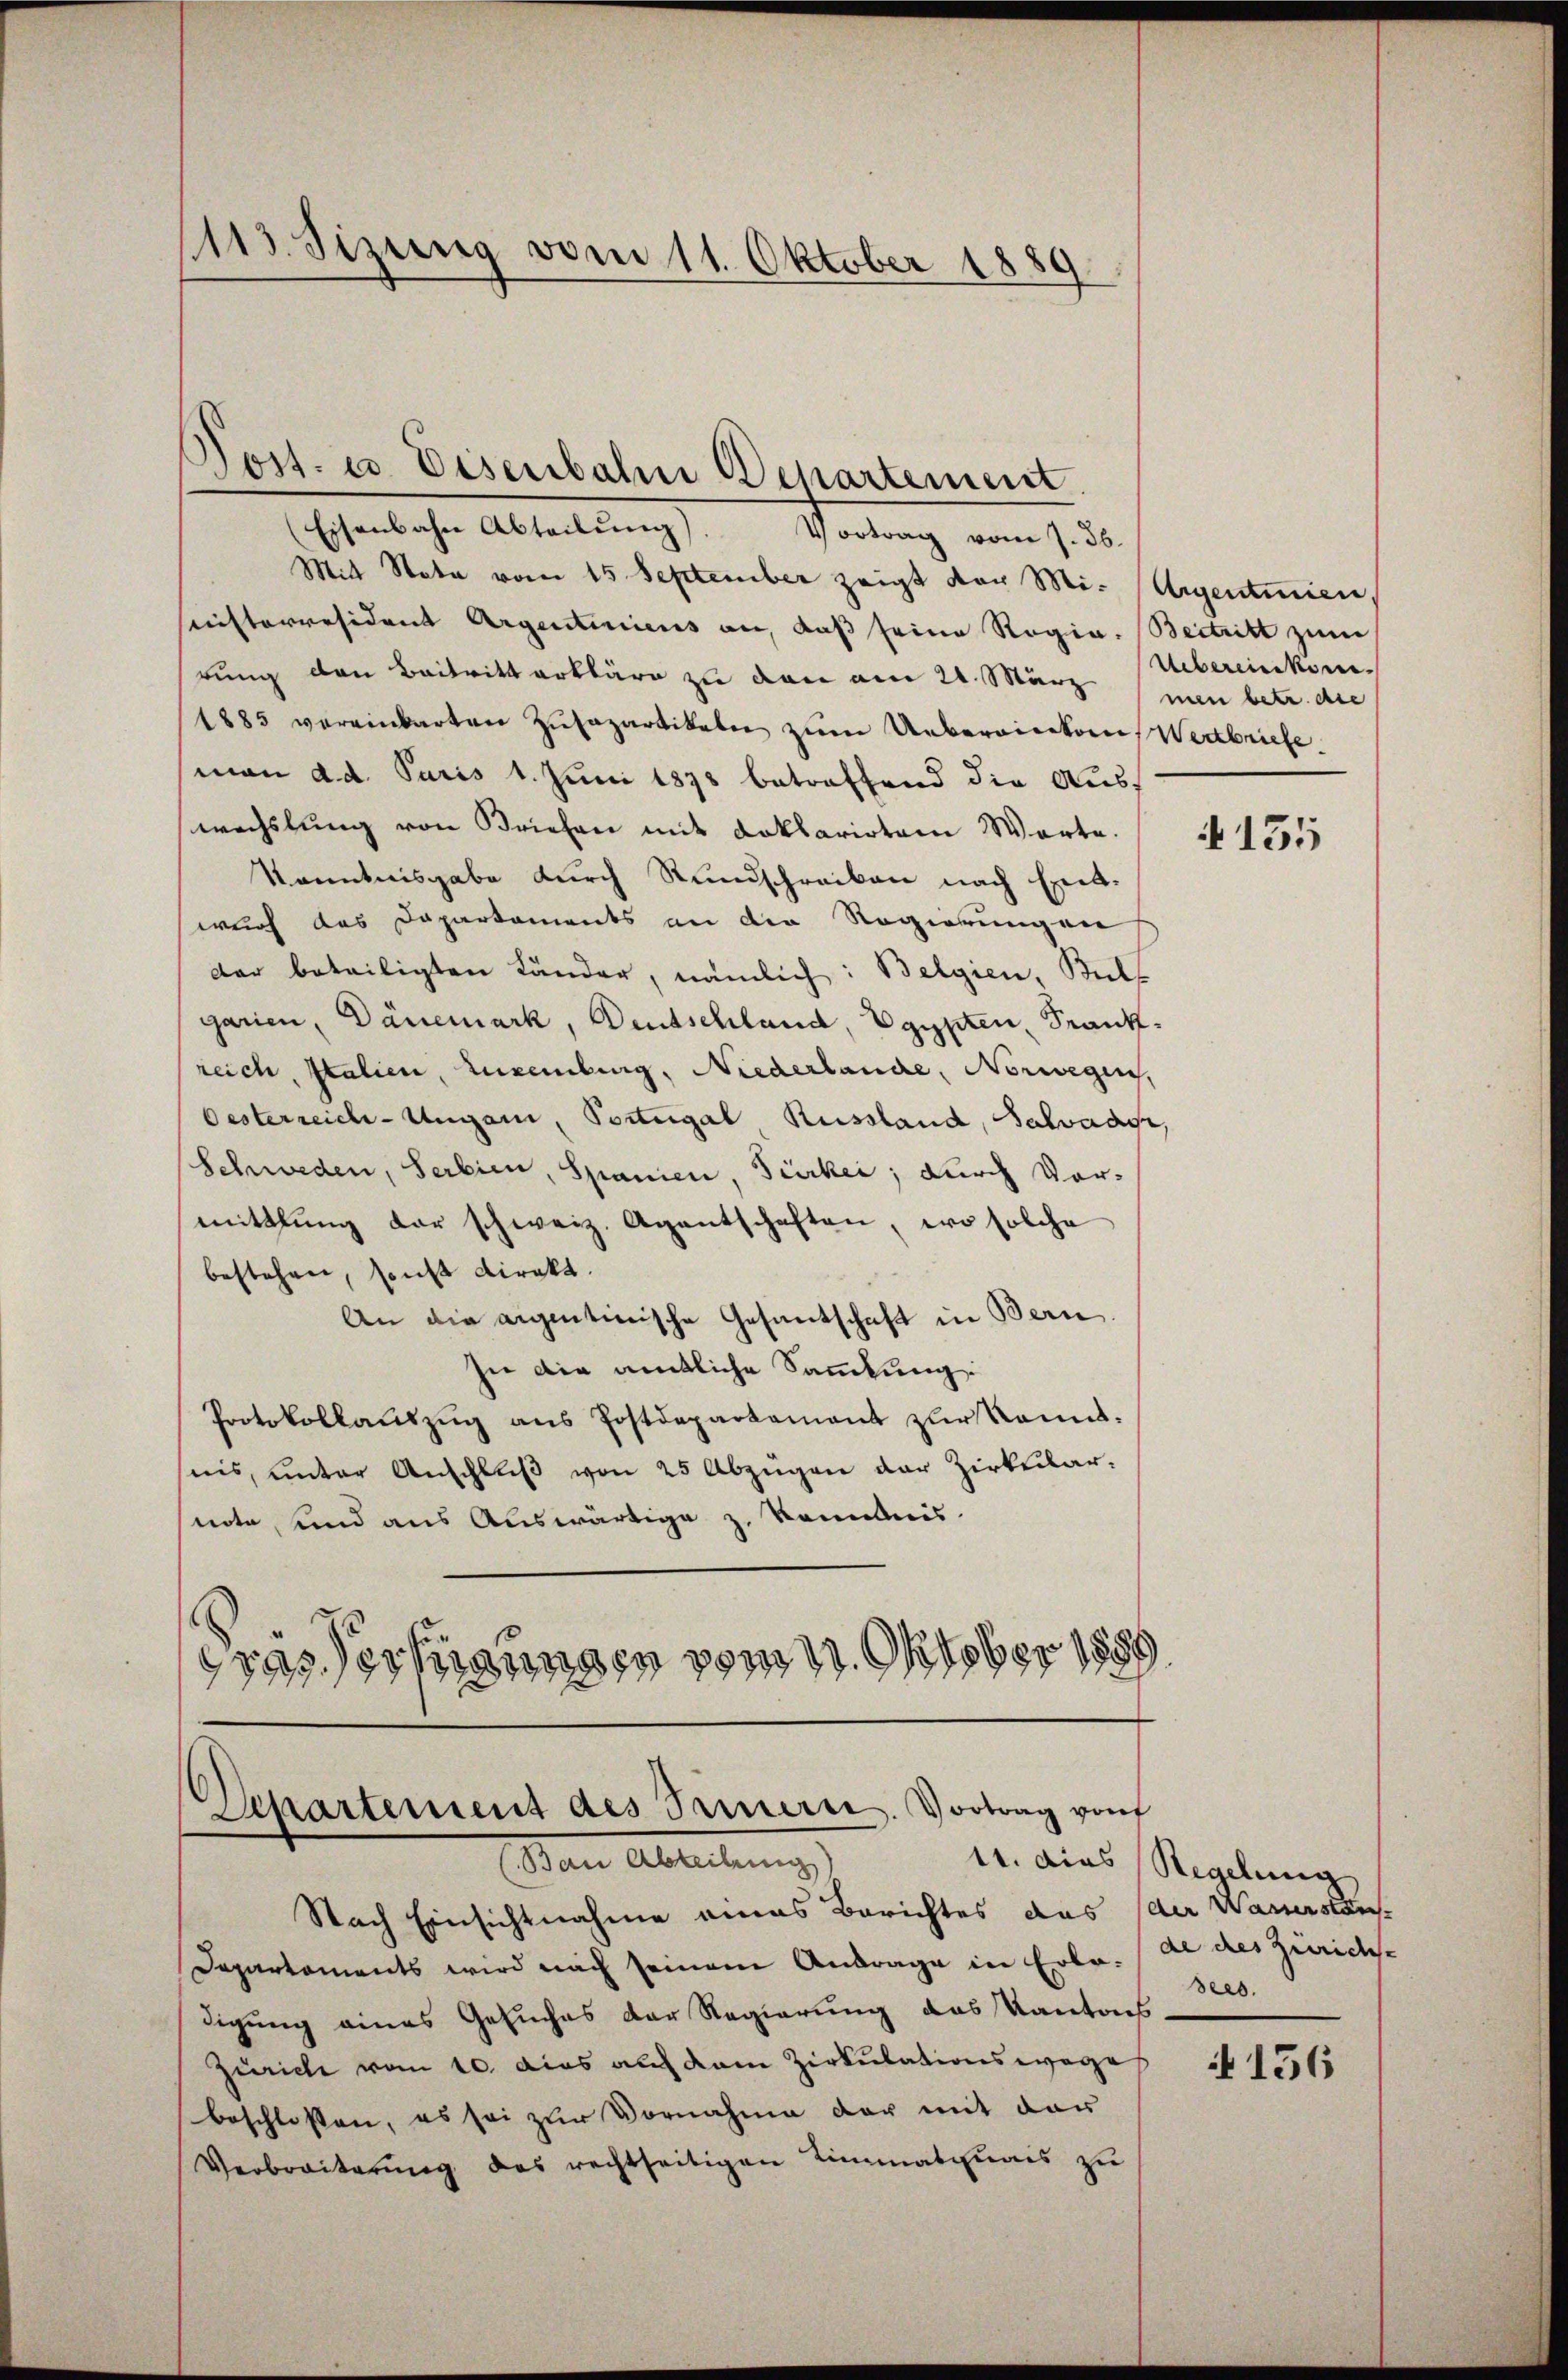
1113. Sizung vom 11. Oktober 1889.

Mit Stata vom 15 September zeigt der Mi- Argentinien
nisterresident Argentiniens an, daß seine Rogia. Beitritt zum
rung den Beitritt erkläre zu den am 24. März
1885 vereinbarten Zŭsapartikale zŭm Uebereinkons Wertbriefe
(man d. d. Paris 1. Juni 1878 betreffend die Auswechslung von Briefen mit Deklarirten Worte.
Kenntnisgabe durch Rundschreiben nach Entwurf das Dapartements an die Regierungen
der beteiligten Länder, nämlich: Belgien, Bals
garien, Dänemark, Deutschland, Egypten, Frankreich, Italien, Luxenburg, Niederlande, Norwegen,
Oesterreich-Ungari, Portugal, Russland, Salvader,
Schweden, Serbien, Spanien, Türkei; durch Vormittlung der schweiz. Agentschaften, wo solche
bestehen, sonst direkt.
An die aigentinische Gesantschaft in Bern.
In die amtliche Sammlung.
Protokollaŭszŭg ans Postdepartament zŭr Kennt-
nis, unter Anschlŭβ von 25 Abzügen der Zirkular-
note, und aus Auswärtige zu konntnis
rasserungen vom 11. Oktober 1889

Post. u. Eisenbahn Departement
(Eisenbahn Abteilung)
Vortrag vom 7. Jb.

s
Separtement des Sinnern. Vortrag von
Den Ableiben g
11. dies Regelung

Nach Einsichtnahme eines Berichtes das der Wasserstän
Departements wird nach seinem Antrage in Erla. An des Zürich-
digung eines Gesuches der Regierung das Kantons
Zürich vom 10. das auf dem Zirkulationswege
beschlossen, es sei zur Vornahme der mit der
Verbreiterŭng des rechtseitigen Limmatzmais zŭ

Uebereinkommen betr. die

4155

dees.

A 156